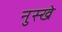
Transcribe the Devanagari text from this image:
नुस्‍खे